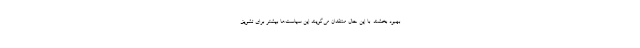
بهبود بخشند. با این حال منتقدان می‌گویند این سیاست‌ها بیشتر برای تشویق